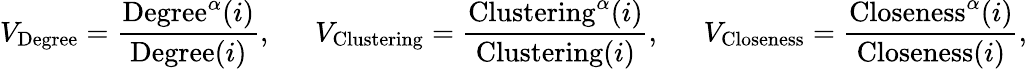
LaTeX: V_{\mathrm{{Degree}}}=\frac{{\mathrm{Degree}}^{\alpha}(i)}{\mathrm{{Degree}}(i)},~~~~~~V_{\mathrm{Clustering}}=\frac{\mathrm{{Clustering}}^{\alpha}(i)}{{\mathrm{Clustering}}(i)},~~~~~~V_{\mathrm{{Closeness}}}=\frac{{\mathrm{Closeness}}^{\alpha}(i)}{\mathrm{{Closeness}}(i)},